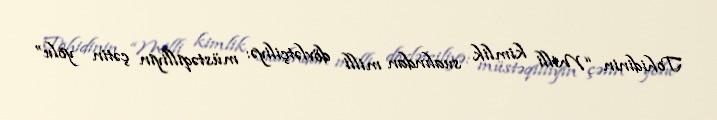
Tohidinin “Milli kimlik sualından milli dövlətçiliyə: müstəqilliyin çətin yolu”